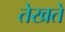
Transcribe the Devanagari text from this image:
तेखते